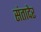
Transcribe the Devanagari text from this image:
संतादेर